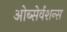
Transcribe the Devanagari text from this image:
ओब्सेर्वशन्स